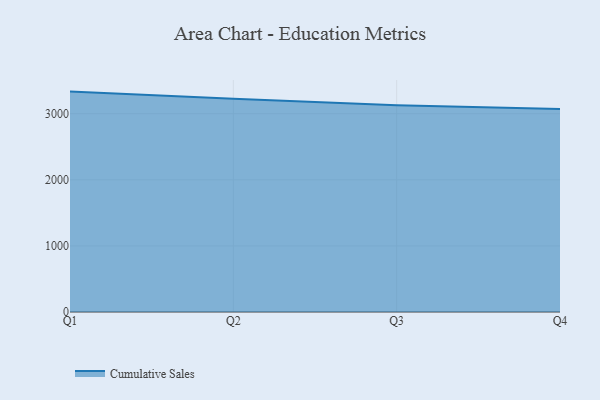
{"axis": {"x": "Quarter", "y": "Satisfaction Score"}, "legend": ["Cumulative Sales"], "data": [{"x": "Q1", "y": 3335.0, "type": "Cumulative Sales"}, {"x": "Q2", "y": 3225.9, "type": "Cumulative Sales"}, {"x": "Q3", "y": 3128.8, "type": "Cumulative Sales"}, {"x": "Q4", "y": 3073.5, "type": "Cumulative Sales"}]}